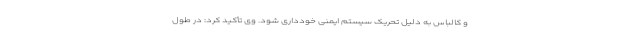
و کالباس به دلیل تحریک سیستم ایمنی خودداری شود. وی تأکید کرد: در طول